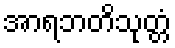
အာရဘတိသုတ္တံ